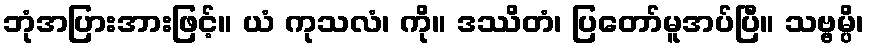
ဘုံအပြားအားဖြင့်။ ယံ ကုသလံ၊ ကို။ ဒဿိတံ၊ ပြတော်မူအပ်ပြီ။ သဗ္ဗမ္ပိ၊